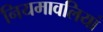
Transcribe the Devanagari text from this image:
नियमावलियां